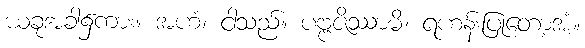
ယခုအခါ၌ကား။ အဟံ၊ ငါသည်။ ပဗ္ဗဇိဿာမိ၊ ရဟန်းပြုတော့အံ့။